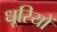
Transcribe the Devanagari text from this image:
धूरियों